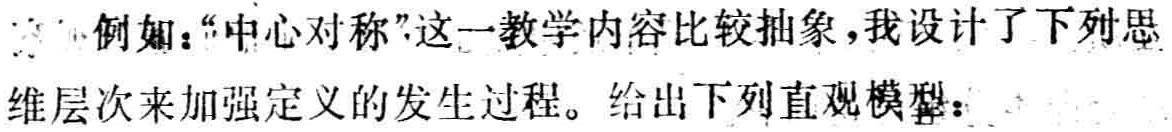
例如：“中心对称”这一教学内容比较抽象，我设计了下列思
维层次来加强定义的发生过程。给出下列直观模型：